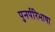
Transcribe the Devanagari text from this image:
पुनर्परिभाषा